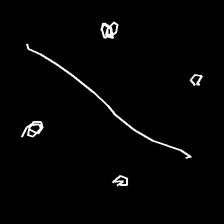
Glyph: cool